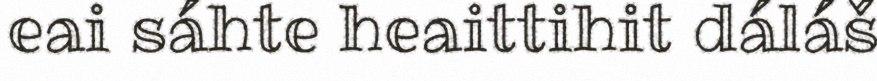
eai sáhte heaittihit dáláš